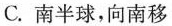
C.南半球，向南移